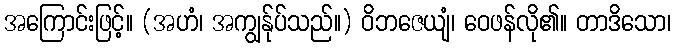
အကြောင်းဖြင့်။ (အဟံ၊ အကျွန်ုပ်သည်။) ဝိဘဇေယျံ၊ ဝေဖန်လို၏။ တာဒိသော၊